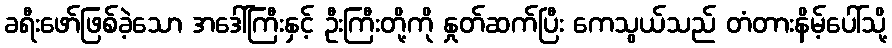
ခရီးဖော်ဖြစ်ခဲ့သော အဒေါ်ကြီးနှင့် ဦးကြီးတို့ကို နှုတ်ဆက်ပြီး ကေသွယ်သည် တံတားနိမ့်ပေါ်သို့